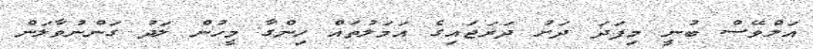
އަލްވޭސް ބުނީ މިފަދަ ދަށު ދަރަޖައިގެ އަމަލުތައް ހިންގާ މީހުން ލަދު ގަންނުވާލަން